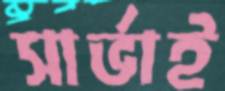
সার্ভাই